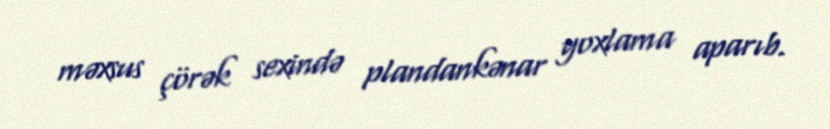
məxsus çörək sexində plandankənar yoxlama aparıb.